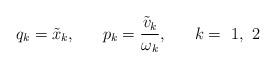
LaTeX: \begin{align*}q_{k}=\tilde x_{k},~~~~~p_{k}=\frac {\tilde v_{k}}{\omega _{k}},~~~~~k=~1,~2\end{align*}